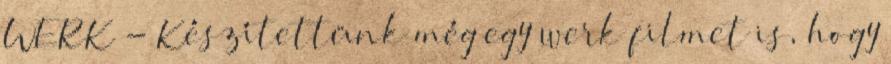
WERK - Készítettünk még egy werk filmet is, hogy